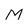
Character: M